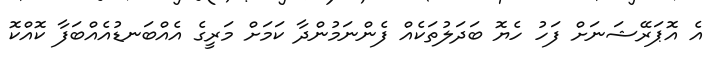
އެ އޮޕަރޭޝަނަށް ފަހު ހެޔޮ ބަދަލުތަކެއް ފެންނަމުންދާ ކަމަށް މަރީގެ އެއްބަނޑުއެއްބަފާ ކޮއްކޮ